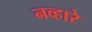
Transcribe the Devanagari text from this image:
नव्हारे